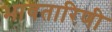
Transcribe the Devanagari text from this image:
भावतारिणी